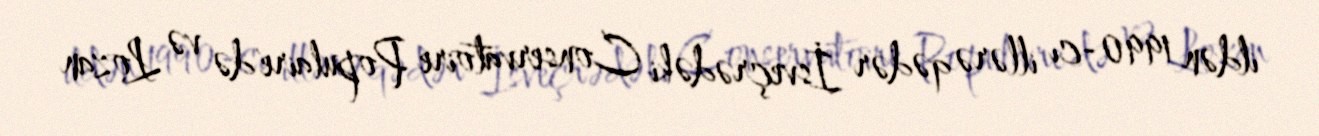
ildən 1990-cı illərə qədər İsveçrədəki Conservatoire Populaire'də və Lozan